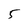
Character: 5